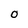
Character: O